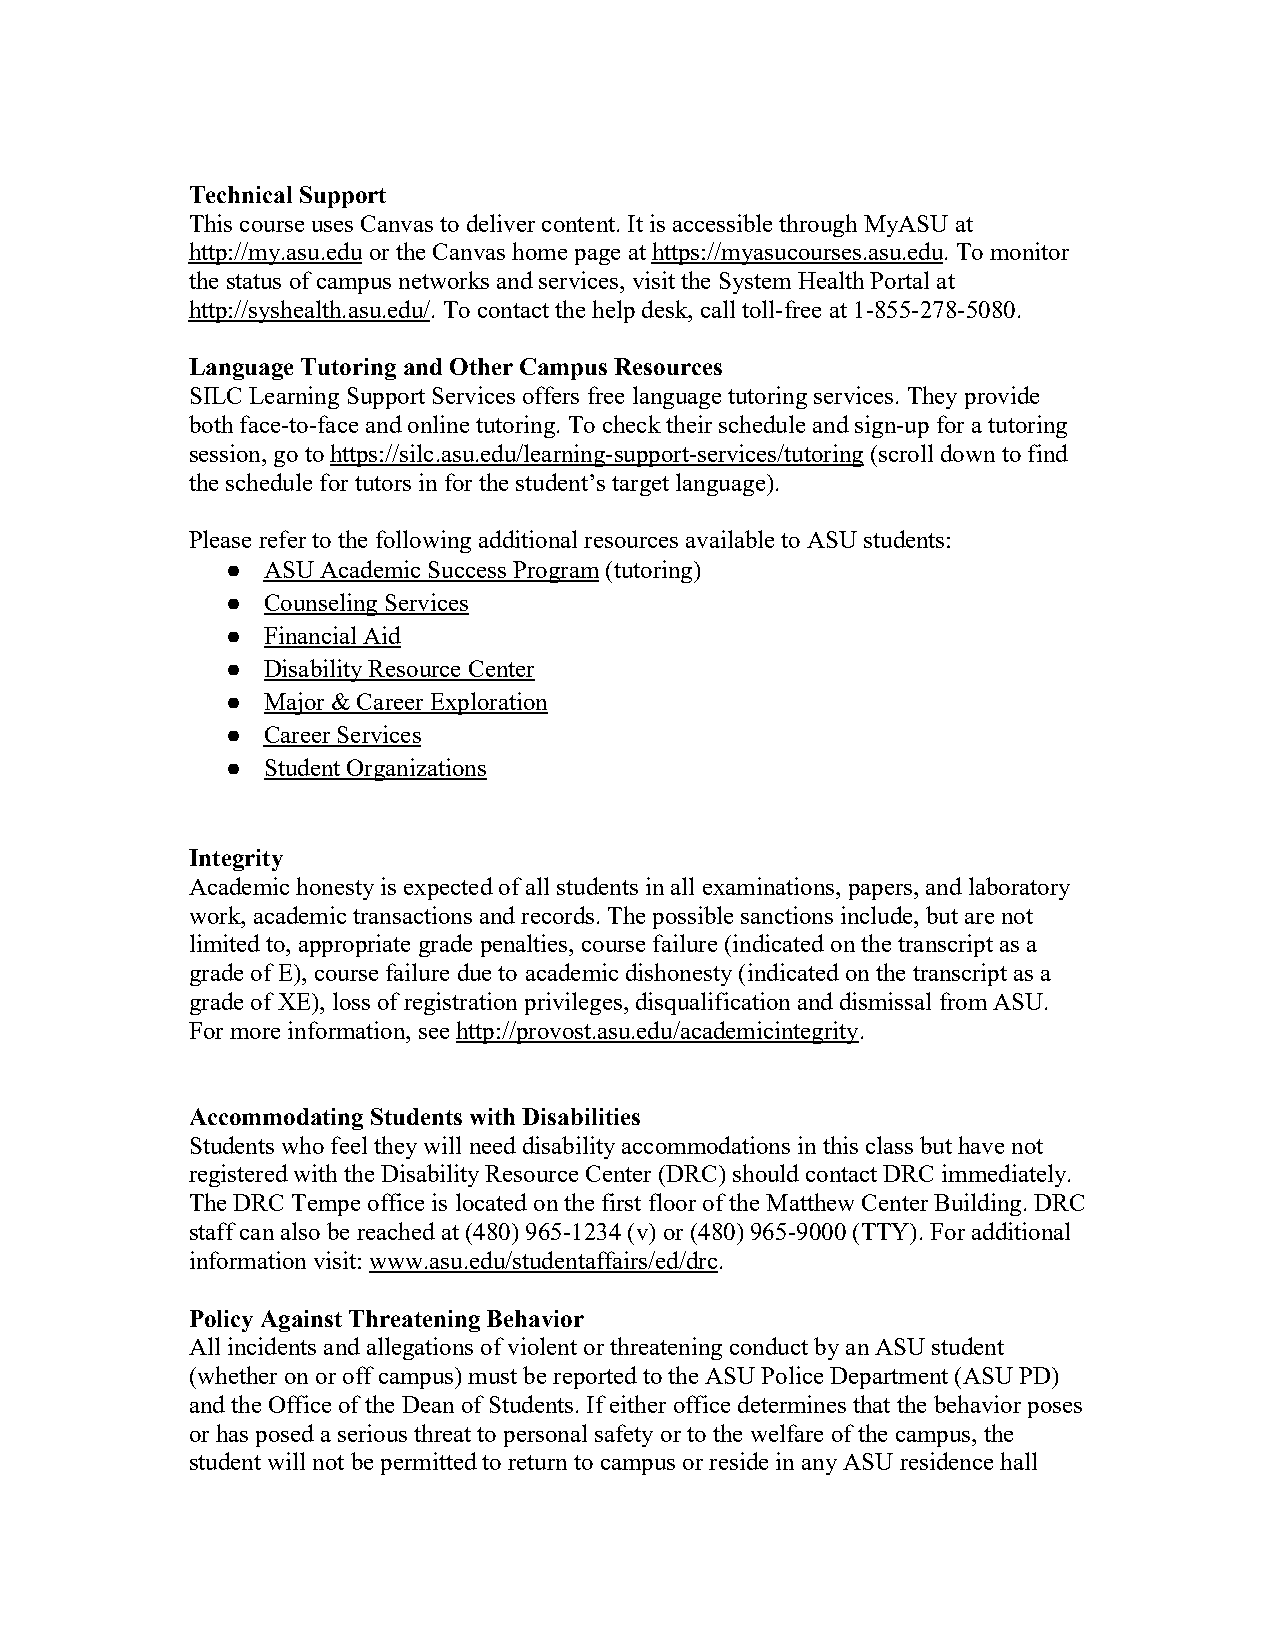
Technical Support
 This course uses Canvas to deliver content. It is accessible through MyASU at
 http://my.asu.edu or the Canvas home page at https://myasucourses.asu.edu. To monitor
 the status of campus networks and services, visit the System Health Portal at
 http://syshealth.asu.edu/. To contact the help desk, call toll-free at 1-855-278-5080.
 Language Tutoring and Other Campus Resources
 SILC Learning Support Services offers free language tutoring services. They provide
 both face-to-face and online tutoring. To check their schedule and sign-up for a tutoring
 session, go to https://silc.asu.edu/learning-support-services/tutoring (scroll down to find
 the schedule for tutors in for the student’s target language).
 Please refer to the following additional resources available to ASU students:
 ● ASU Academic Success Program (tutoring)
 ● Counseling Services
 ● Financial Aid
 ● Disability Resource Center
 ● Major & Career Exploration
 ● Career Services
 ● Student Organizations
 Integrity
 Academic honesty is expected of all students in all examinations, papers, and laboratory
 work, academic transactions and records. The possible sanctions include, but are not
 limited to, appropriate grade penalties, course failure (indicated on the transcript as a
 grade of E), course failure due to academic dishonesty (indicated on the transcript as a
 grade of XE), loss of registration privileges, disqualification and dismissal from ASU.
 For more information, see http://provost.asu.edu/academicintegrity.
 Accommodating Students with Disabilities
 Students who feel they will need disability accommodations in this class but have not
 registered with the Disability Resource Center (DRC) should contact DRC immediately.
 The DRC Tempe office is located on the first floor of the Matthew Center Building. DRC
 staff can also be reached at (480) 965-1234 (v) or (480) 965-9000 (TTY). For additional
 information visit: www.asu.edu/studentaffairs/ed/drc.
 Policy Against Threatening Behavior
 All incidents and allegations of violent or threatening conduct by an ASU student
 (whether on or off campus) must be reported to the ASU Police Department (ASU PD)
 and the Office of the Dean of Students. If either office determines that the behavior poses
 or has posed a serious threat to personal safety or to the welfare of the campus, the
 student will not be permitted to return to campus or reside in any ASU residence hall